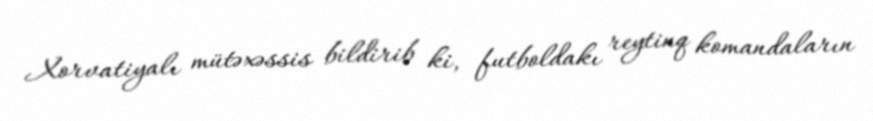
Xorvatiyalı mütəxəssis bildirib ki, futboldakı reytinq komandaların